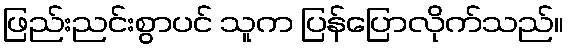
ဖြည်းညင်းစွာပင် သူက ပြန်ပြောလိုက်သည်။